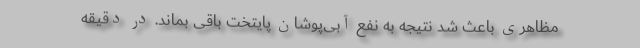
مظاهری باعث شد نتیجه به نفع آبی‌پوشان پایتخت باقی بماند. در دقیقه